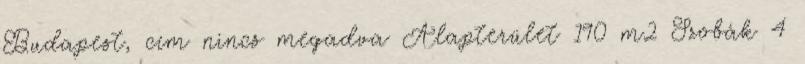
Budapest, cím nincs megadva Alapterület 190 m2 Szobák 4